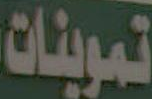
تموينات